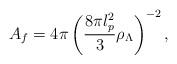
LaTeX: \begin{align*}A_{f}=4\pi \left( \frac{8\pi l_{p}^{2}}{3}\rho _{\Lambda }\right) ^{-2},\end{align*}